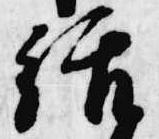
給